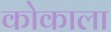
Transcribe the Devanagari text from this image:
कोकाला